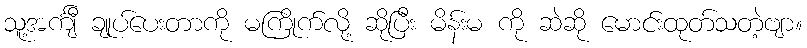
သူ့အင်္ကျီ ချုပ်ပေးတာကို မကြိုက်လို့ ဆိုပြီး မိန်းမ ကို ဆဲဆို မောင်းထုတ်သတဲ့ဗျာ။